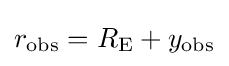
r_{\mathrm {obs} }=R_{\mathrm {E} }+y_{\mathrm {obs} }